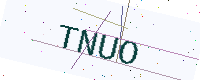
Text: TNUO